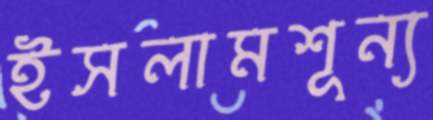
ইসলামশূন্য